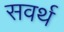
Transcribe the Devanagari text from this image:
सवर्थ